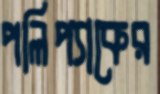
পলিপ্যাকের